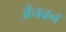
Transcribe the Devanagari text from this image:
अँचवन